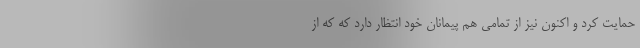
حمایت کرد و اکنون نیز از تمامی هم پیمانان خود انتظار دارد که که از